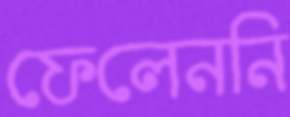
ফেলেননি